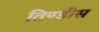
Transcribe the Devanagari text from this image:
तिण्डीस